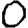
Digit: 0